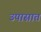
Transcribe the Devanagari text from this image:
उपासात